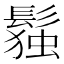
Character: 𬴭